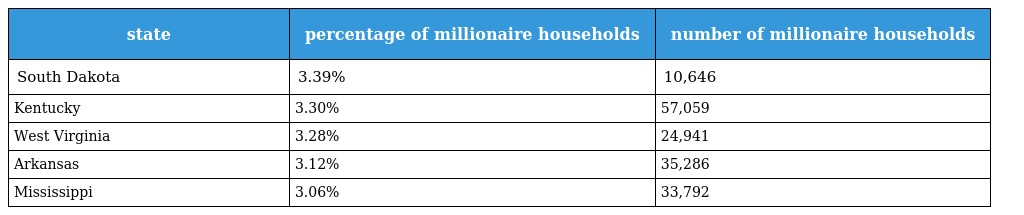
| state | percentage of millionaire households | number of millionaire households |
 | --- | --- | --- |
 | South Dakota | 3.39% | 10,646 |
 | Kentucky | 3.30% | 57,059 |
 | West Virginia | 3.28% | 24,941 |
 | Arkansas | 3.12% | 35,286 |
 | Mississippi | 3.06% | 33,792 |